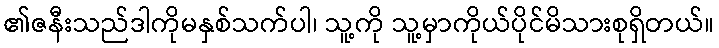
၏ဇနီးသည်ဒါကိုမနှစ်သက်ပါ၊ သူ့ကို သူ့မှာကိုယ်ပိုင်မိသားစုရှိတယ်။